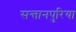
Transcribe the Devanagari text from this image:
सन्तानपुरिया